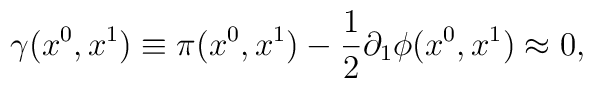
\gamma(x^{0},x^{1}) \equiv \pi(x^{0},x^{1}) - \frac{1}{2} \partial_{1}\phi(x^{0},x^{1}) \approx 0,